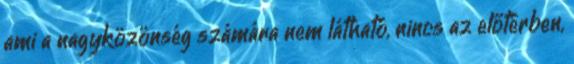
ami a nagyközönség számára nem látható, nincs az előtérben,